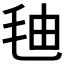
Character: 𰚓